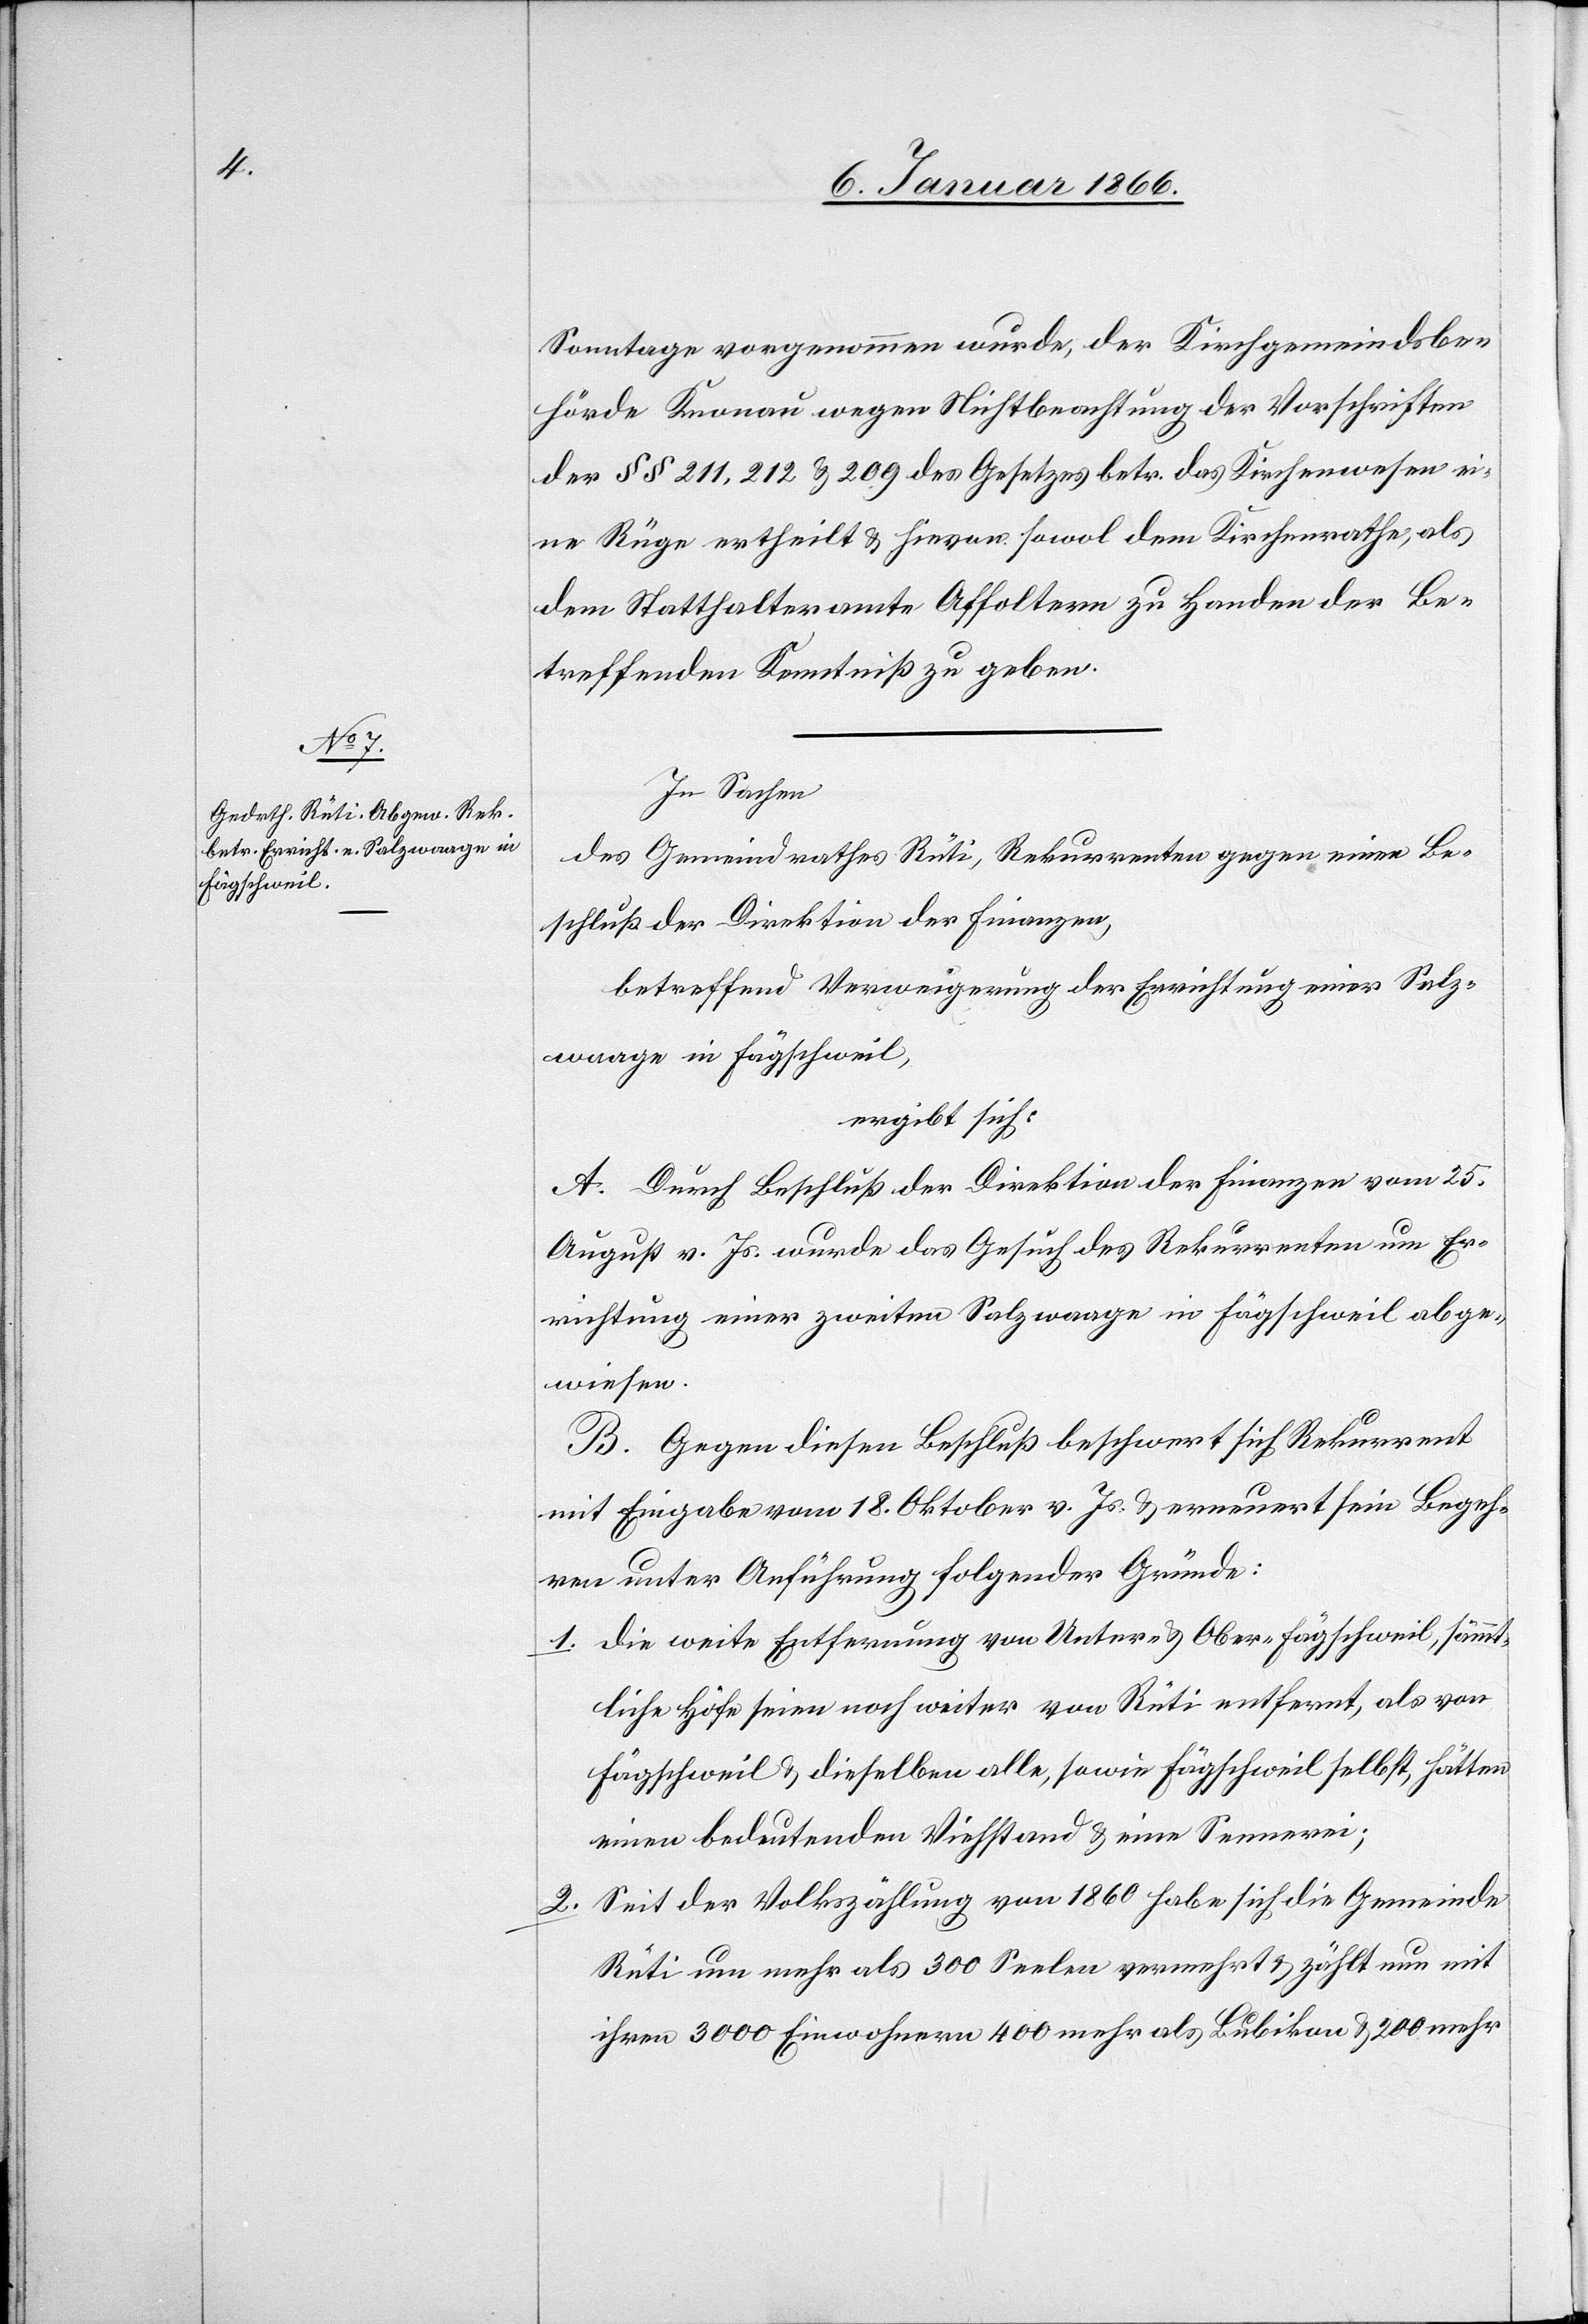
Sonntage vorgenommen wurde, der Kirchgemeindsbe¬
hörde Knonau wegen Nichtbeachtung der Vorschriften
der §§ 211, 212 u. 209 des Gesetzes betr. das Kirchenwesen ei¬
ne Rüge ertheilt u. hievon sowol dem Kirchenrathe, als
dem Statthalteramte Affoltern zu Handen der Be¬
treffenden Kenntniß zu geben.
In Sachen
des Gemeindrathes Rüti, Rekurrenten gegen einen Be¬
schluß der Direktion der Finanzen,
betreffend Verweigerung der Errichtung einer Salz¬
waage in Fägschweil,
ergibt sich:
A. Durch Beschluß der Direktion der Finanzen vom 25.
August v. Js. wurde das Gesuch des Rekurrenten um Er¬
richtung einer zweiten Salzwaage in Fägschweil abge¬
wiesen.
B. Gegen diesen Beschluß beschwert sich Rekurrent mit
Eingabe vom 18. Oktober v. Js. u. erneuert sein Begeh¬
ren unter Anführung folgender Gründe:
Die weite Entfernung von Unter- u. Ober-Fägschweil, sämmt¬
liche Höfe seien noch weiter von Rüti entfernt, als von
Fägschweil u. dieselben alle, sowie Fägschweil selbst, hätten
einen bedeutenden Viehstand u. eine Sennerei;
Seit der Volkszählung von 1860 habe sich die Gemeinde
Rüti um mehr als 300 Seelen vermehrt u. zählt nun mit
ihren 3000 Einwohnern 400 mehr als Bubikon u. 200 mehr